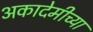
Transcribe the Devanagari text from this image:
अकादेमीच्या